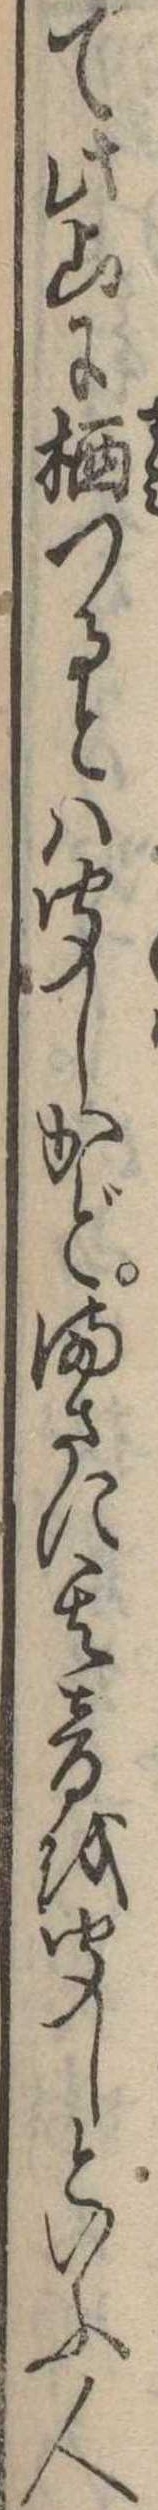
て此山に棲つるとは聞しかどまさに其音を聞しといふ人